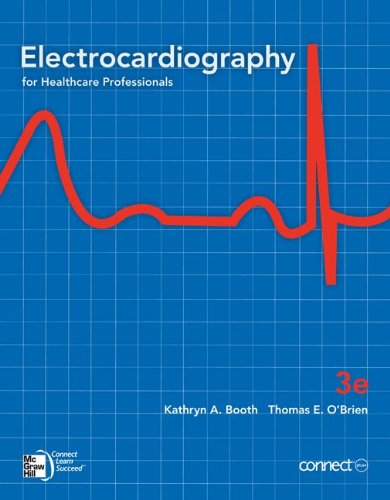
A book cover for Electrocardiography for Healthcare Professionals, 3rd Edition (Book & CD-Rom); Kathryn A. Booth; Medical Books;